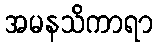
အမနသိကာရာ